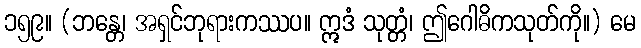
၁၅၉။ (ဘန္တေ၊ အရှင်ဘုရားကဿပ။ ဣဒံ သုတ္တံ၊ ဤဂေါဓိကသုတ်ကို။) မေ